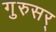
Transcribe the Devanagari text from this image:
गुरुसर्